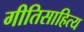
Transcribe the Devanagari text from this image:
गीतिसाहित्य